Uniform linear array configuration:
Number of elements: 4
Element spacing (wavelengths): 0.75
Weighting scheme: cosine
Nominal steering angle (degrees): -30
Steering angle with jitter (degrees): -28.593
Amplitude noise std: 0.05
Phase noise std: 0.05

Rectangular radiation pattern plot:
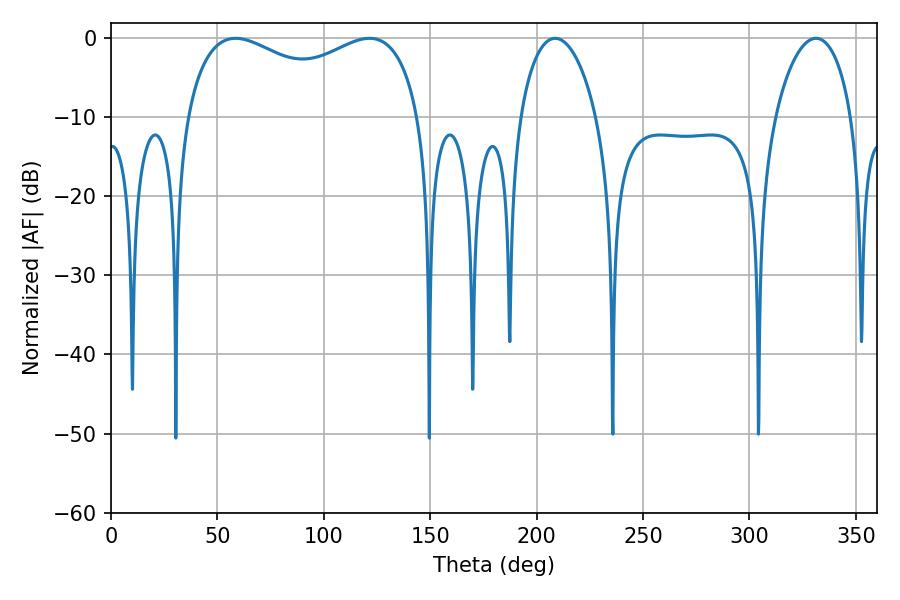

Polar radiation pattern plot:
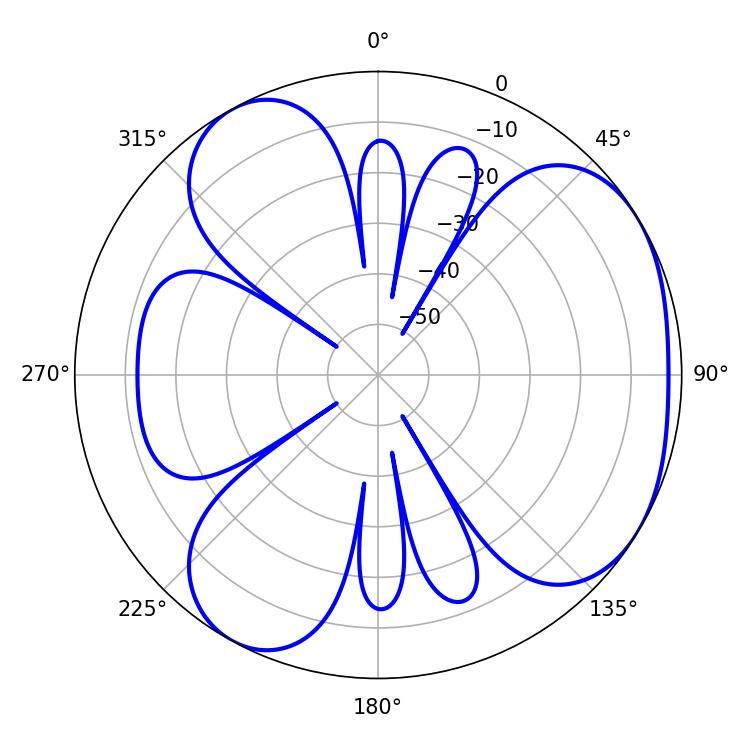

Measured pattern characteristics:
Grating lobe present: TRUE
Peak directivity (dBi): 4.271
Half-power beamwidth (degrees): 91.44
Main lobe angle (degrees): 58.5